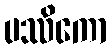
ပဿိကော